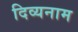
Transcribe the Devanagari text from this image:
दिव्यनाम